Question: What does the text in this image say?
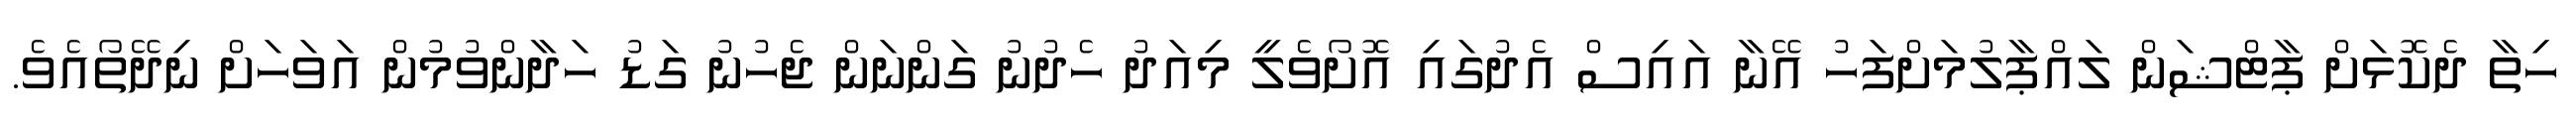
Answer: ހިތާ ދެކޮޅަށް ޕާޓްޝަން ލައްޕާލުމަށްފަހު އޭނާ އައިސް އެދުގައި އޮށޯވެލީ މިއަދު ހެދުނު ގަންނަން ޖެހުނު ގަޑު ހަދާންވުމުން އަވަހަށް ނިދޭތޯއެވެ.